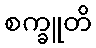
စက္ခူတိ